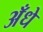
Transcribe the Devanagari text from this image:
अँधे